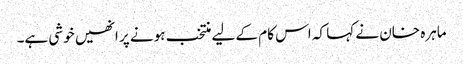
ماہرہ خان نے کہا کہ اس کام کے لیے منتخب ہونے پر انھیں خوشی ہے۔